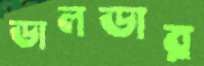
ডালডার